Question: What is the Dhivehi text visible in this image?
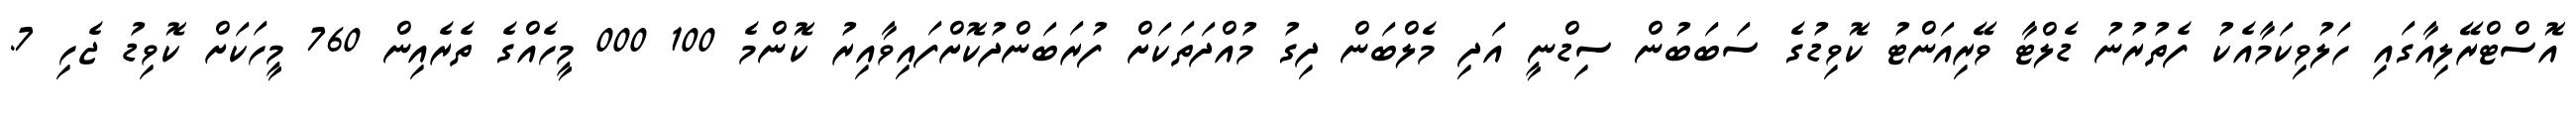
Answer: އޮސްޓްރޭލިއާގައި ހަލުވިކަމާއެކު ފެތުރުނު ޑެލްޓާ ވޭރިއަންޓު ކޮވިޑުގެ ސަބަބުން ސިޑްނީ އަދި މެލްބަން ދިގު މުއްދަތަކަށް ފުރަބަންދުކޮށްފައިވާއިރު ކޮންމެ 100 000 މީހެއްގެ ތެރެއިން 760 މީހަކަށް ކޮވިޑު ޖެހި 7.